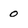
Character: 0